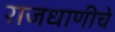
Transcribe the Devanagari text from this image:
राजधाणीचे